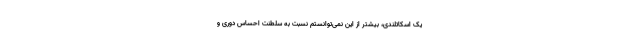
یک اسکاتلندی، بیشتر از این نمی‌توانستم نسبت به سلطنت احساس دوری و